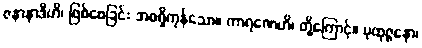
ဇနာနာဒီဟိ၊ ဖြစ်စေခြင်း အစရှိကုန်သော။ ကာရဏေဟိ၊ တို့ကြောင့်။ ပုထုဇ္ဇနော၊